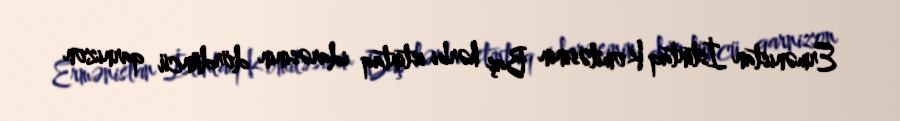
Ermənistan İstintaq Komitəsinin Baş hərbi istintaq idarəsinin dördüncü qarnizon